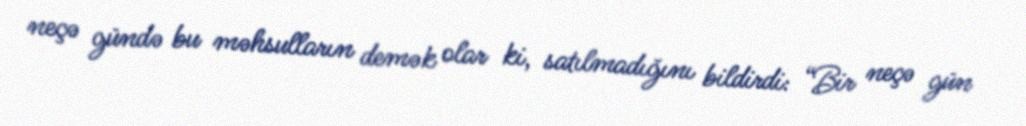
neçə gündə bu məhsulların demək olar ki, satılmadığını bildirdi: “Bir neçə gün